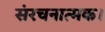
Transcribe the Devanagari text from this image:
संरचनात्मक।